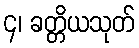
၄၊ ခတ္တိယသုတ်